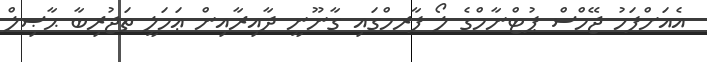
އެއަށްފަހު ޖޭމްސް ޕުޓްނާމްގެ ލޯ ފާރމްގައި ގާނޫނީ ދާއިރާއިން ޢަމަލީ ތަޖުރިބާ ޙާޞިލް